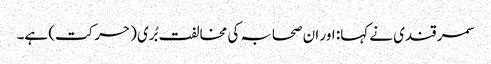
سمر قندی نے کہا: اور ان صحابہ کی مخالفت بُری (حرکت) ہے۔